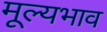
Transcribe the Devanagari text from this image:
मूल्यभाव